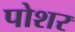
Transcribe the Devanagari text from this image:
पोशर